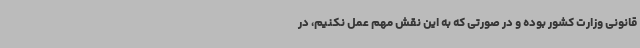
قانونی وزارت کشور بوده و در صورتی که به این نقش مهم عمل نکنیم، در